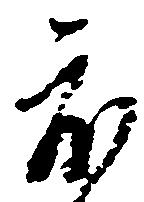
度